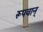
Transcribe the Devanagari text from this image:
रूपवान्